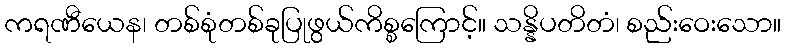
ကရဏီယေန၊ တစ်စုံတစ်ခုပြုဖွယ်ကိစ္စကြောင့်။ သန္နိပတိတံ၊ စည်းဝေးသော။